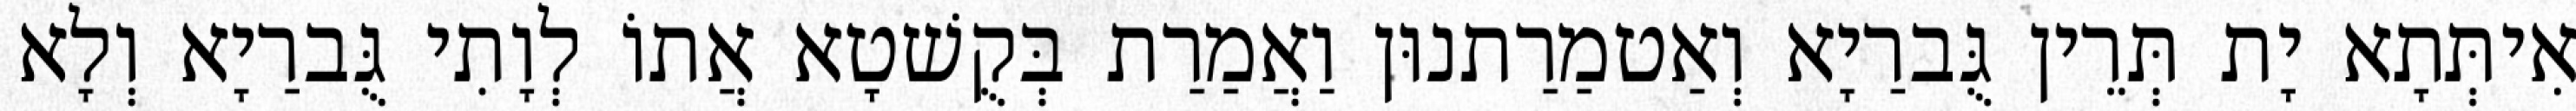
אִיתְּתָא יָת תְּרֵין גֻּברַיָא וְאַטמַרַתנוּן וַאֲמַרַת בְּקֻשׁטָא אֲתוֹ לְוָתִי גֻּברַיָא וְלָא